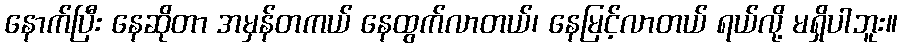
နောက်ပြီး နေဆိုတာ အမှန်တကယ် နေထွက်လာတယ်၊ နေမြင့်လာတယ် ရယ်လို့ မရှိပါဘူး။